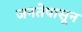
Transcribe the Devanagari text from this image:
जनतेपासून